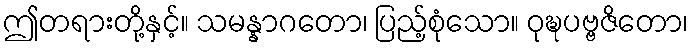
ဤတရားတို့နှင့်။ သမန္နာဂတော၊ ပြည့်စုံသော။ ဝုဍ္ဎပဗ္ဗဇိတော၊